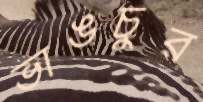
ভাঙচুর